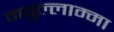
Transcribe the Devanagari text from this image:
मवुल्लाम्मा